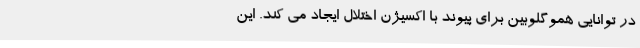
در توانایی هموگلوبین برای پیوند با اکسیژن اختلال ایجاد می کند. این